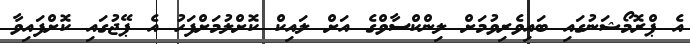
އެ ޕްރޮމޯޝަނުގައި ބައިވެރިވުމަށް ލިންކްސާވްގެ އަށް ލައިކް ކޮށްލުމަށްފަހު އެ ޕޭޖުގައި ކޮށްފައިވާ